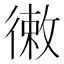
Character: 𢕡